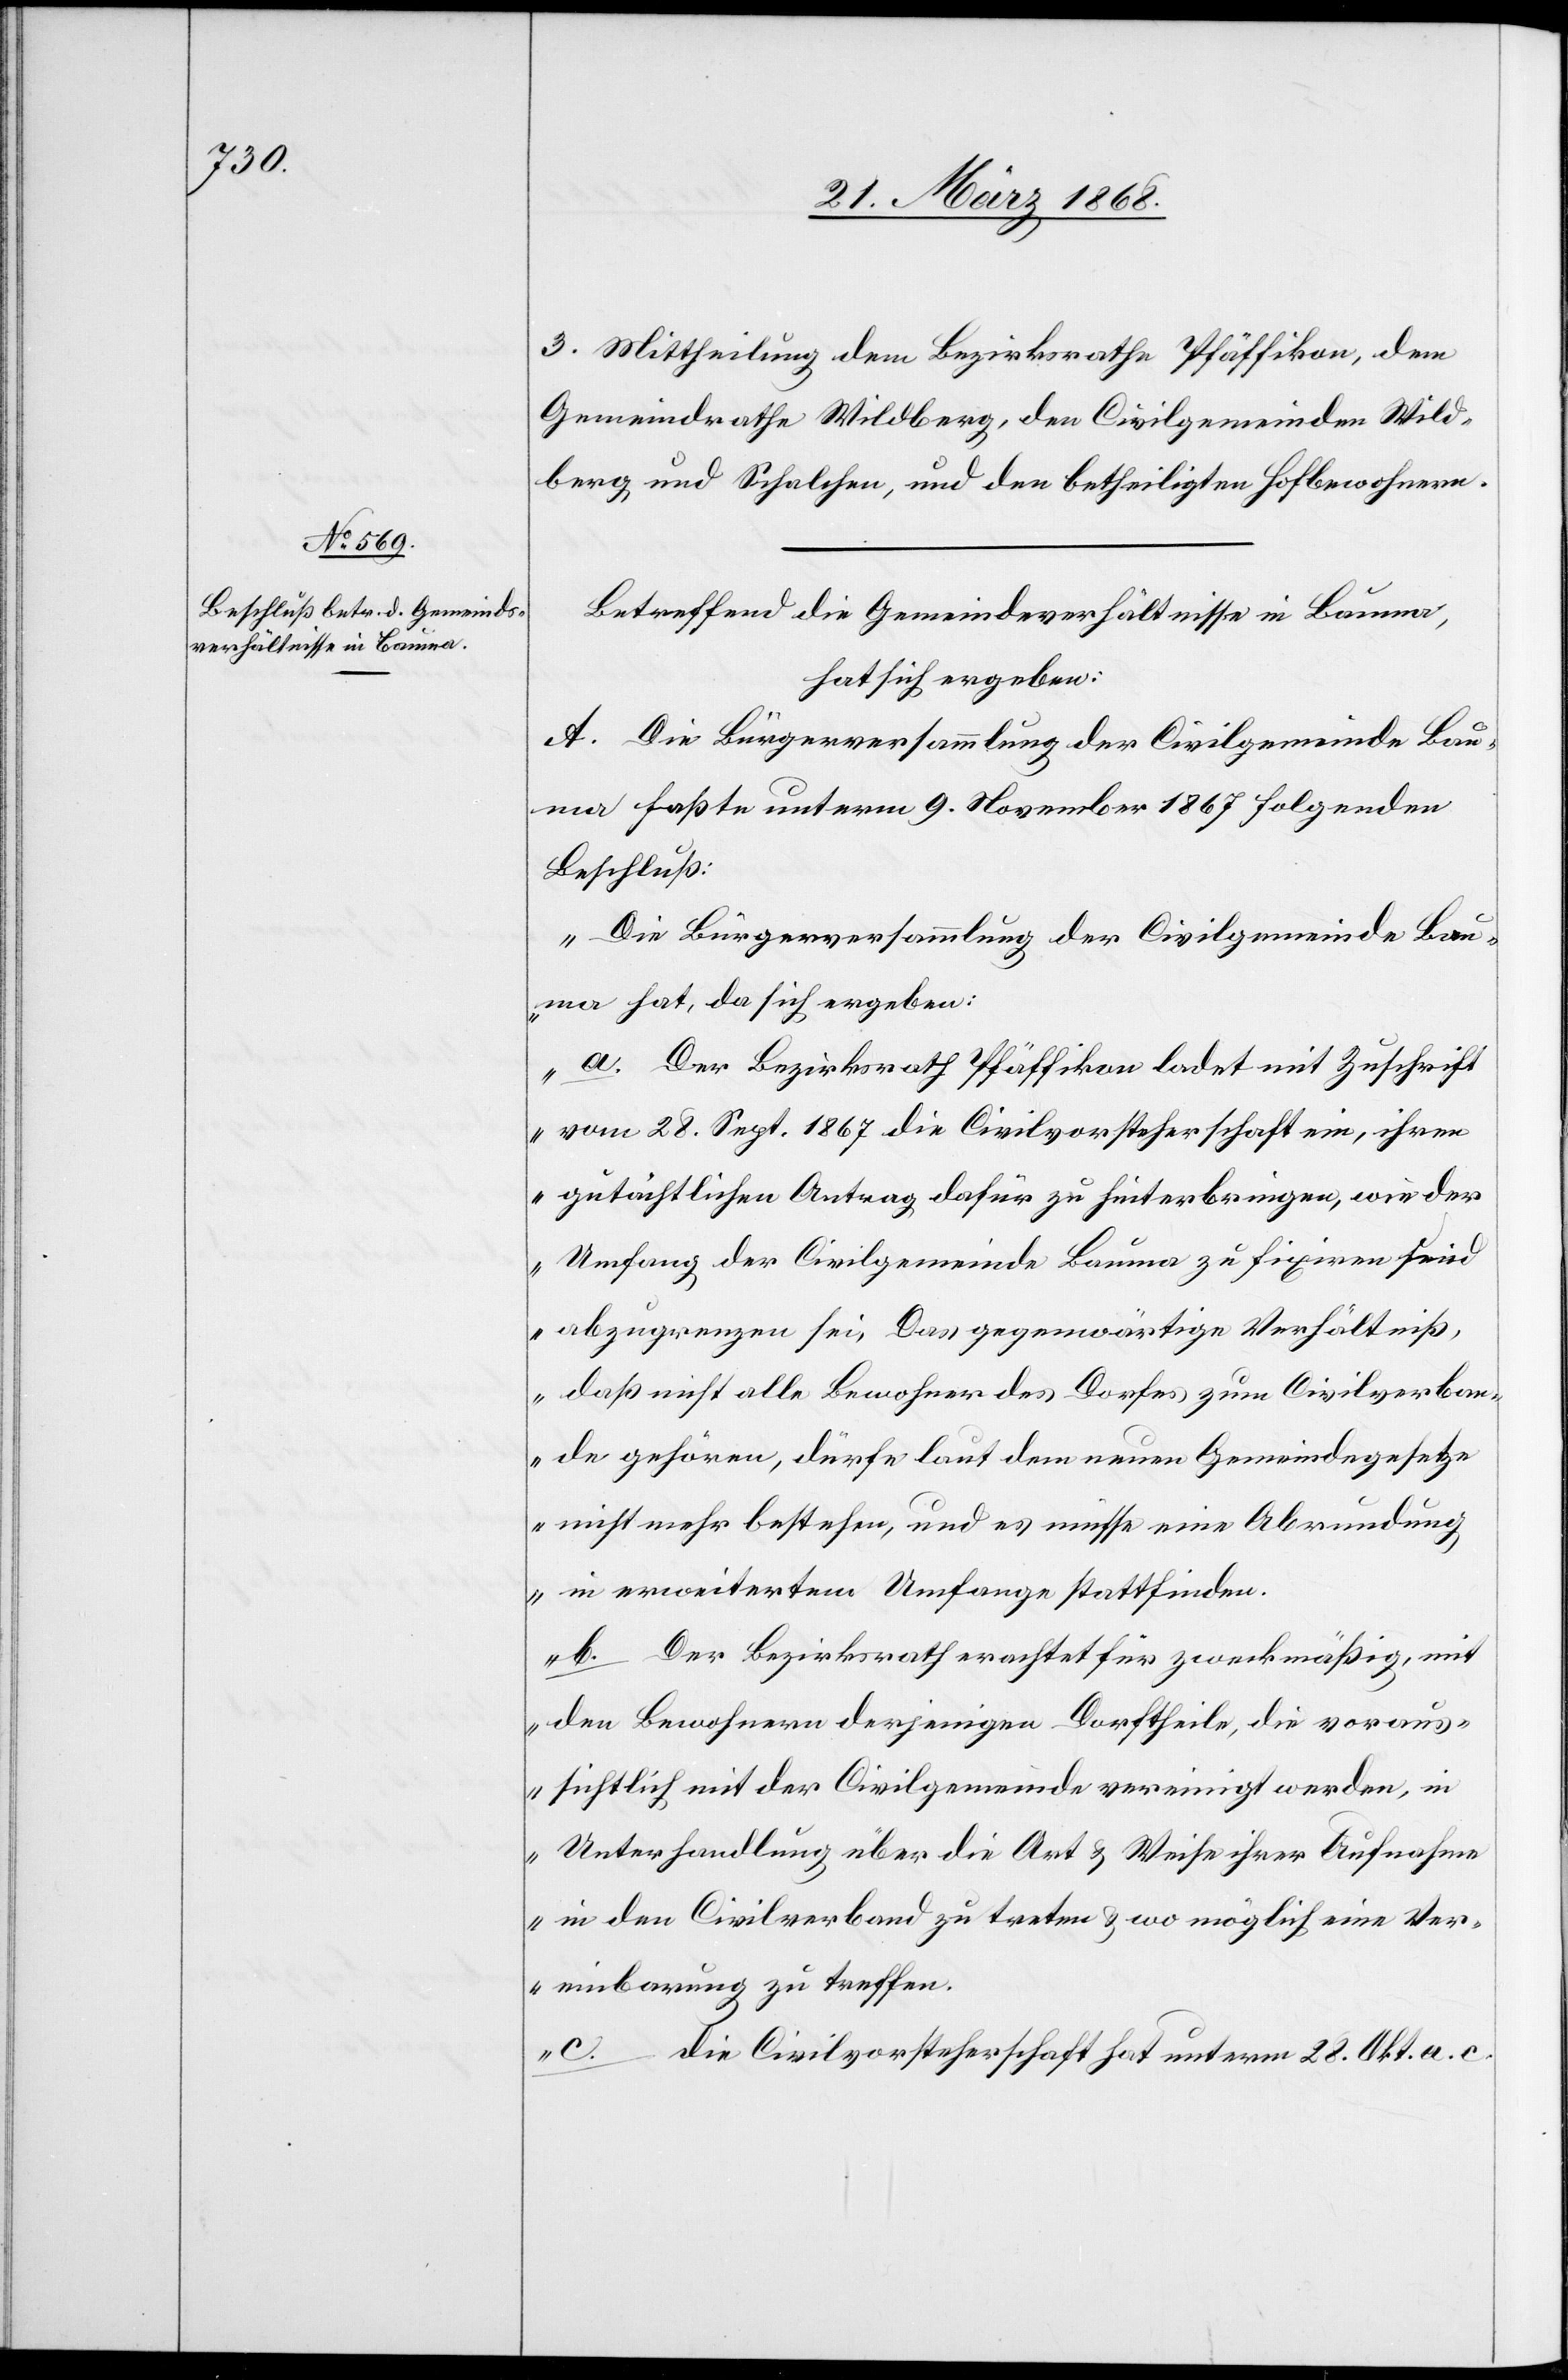
3. Mittheilung dem Bezirksrathe Pfäffikon, dem
Gemeindrathe Wildberg, den Civilgemeinden Wild¬
berg und Schalchen, und den betheiligten Hofbewohnern.
Betreffend die Gemeindeverhältnisse in Bauma,
hat sich ergeben:
A. Die Bürgerversammlung der Civilgemeinde Bau¬
ma faßte unterm 9. November 1867 folgenden
Beschluß:
„Die Bürgerversammlung der Civilgemeinde Bau¬
ma hat, da sich ergeben:
a. Der Bezirksrath Pfäffikon ladet mit Zuschrift
vom 28. Sept. 1867 die Civilvorsteherschaft ein, ihren
gutachtlichen Antrag dafür zu hinterbringen, wie der
Umfang der Civilgemeinde Bauma zu fixiren und
abzugrenzen sei. Das gegenwärtige Verhältniß,
daß nicht alle Bewohner des Dorfes zum Civilverban¬
de gehören, dürfe laut dem neuen Gemeindegesetze
nicht mehr bestehen, und es müsse eine Abrundung
in erweitertem Umfange stattfinden.
b. Der Bezirksrath erachtet für zweckmäßig, mit
den Bewohnern derjenigen Dorftheile, die voraus¬
sichtlich mit der Civilgemeinde vereinigt werden, in
Unterhandlung über die Art & Weise ihrer Aufnahme
in den Civilverband zu treten & wo möglich eine Ver¬
einbarung zu treffen.
c. die Civilvorsteherschaft hat unterm 28. Okt. a. c.